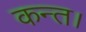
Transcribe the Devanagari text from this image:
कन्‍त।